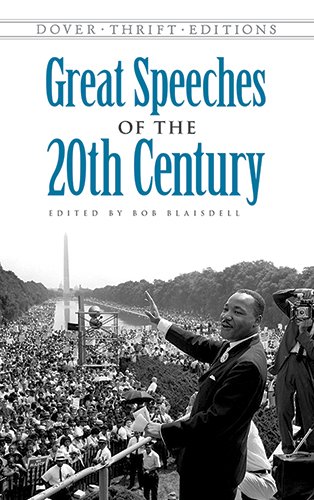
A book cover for Great Speeches of the 20th Century (Dover Thrift Editions); Literature & Fiction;